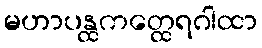
မဟာပန္ထကတ္ထေရဂါထာ